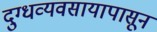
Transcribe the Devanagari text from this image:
दुग्धव्यवसायापासून